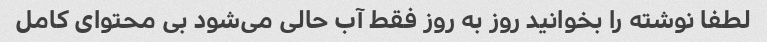
لطفا نوشته را بخوانید روز به روز فقط آب حالی می‌شود بی محتوای کامل